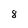
Character: 8